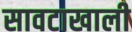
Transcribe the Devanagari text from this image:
सावटाखाली